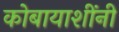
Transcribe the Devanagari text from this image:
कोबायाशींनी